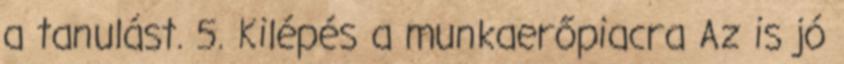
a tanulást. 5. Kilépés a munkaerőpiacra Az is jó